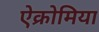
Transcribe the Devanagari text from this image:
ऐक्रोमिया